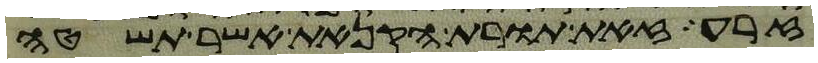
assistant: זרע זאת תורת הקנאת אשר תשטה